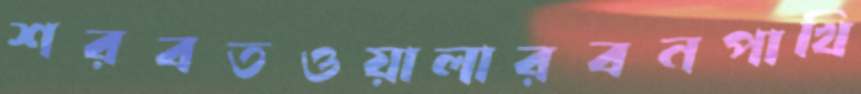
শরবতওয়ালারবনপাখি